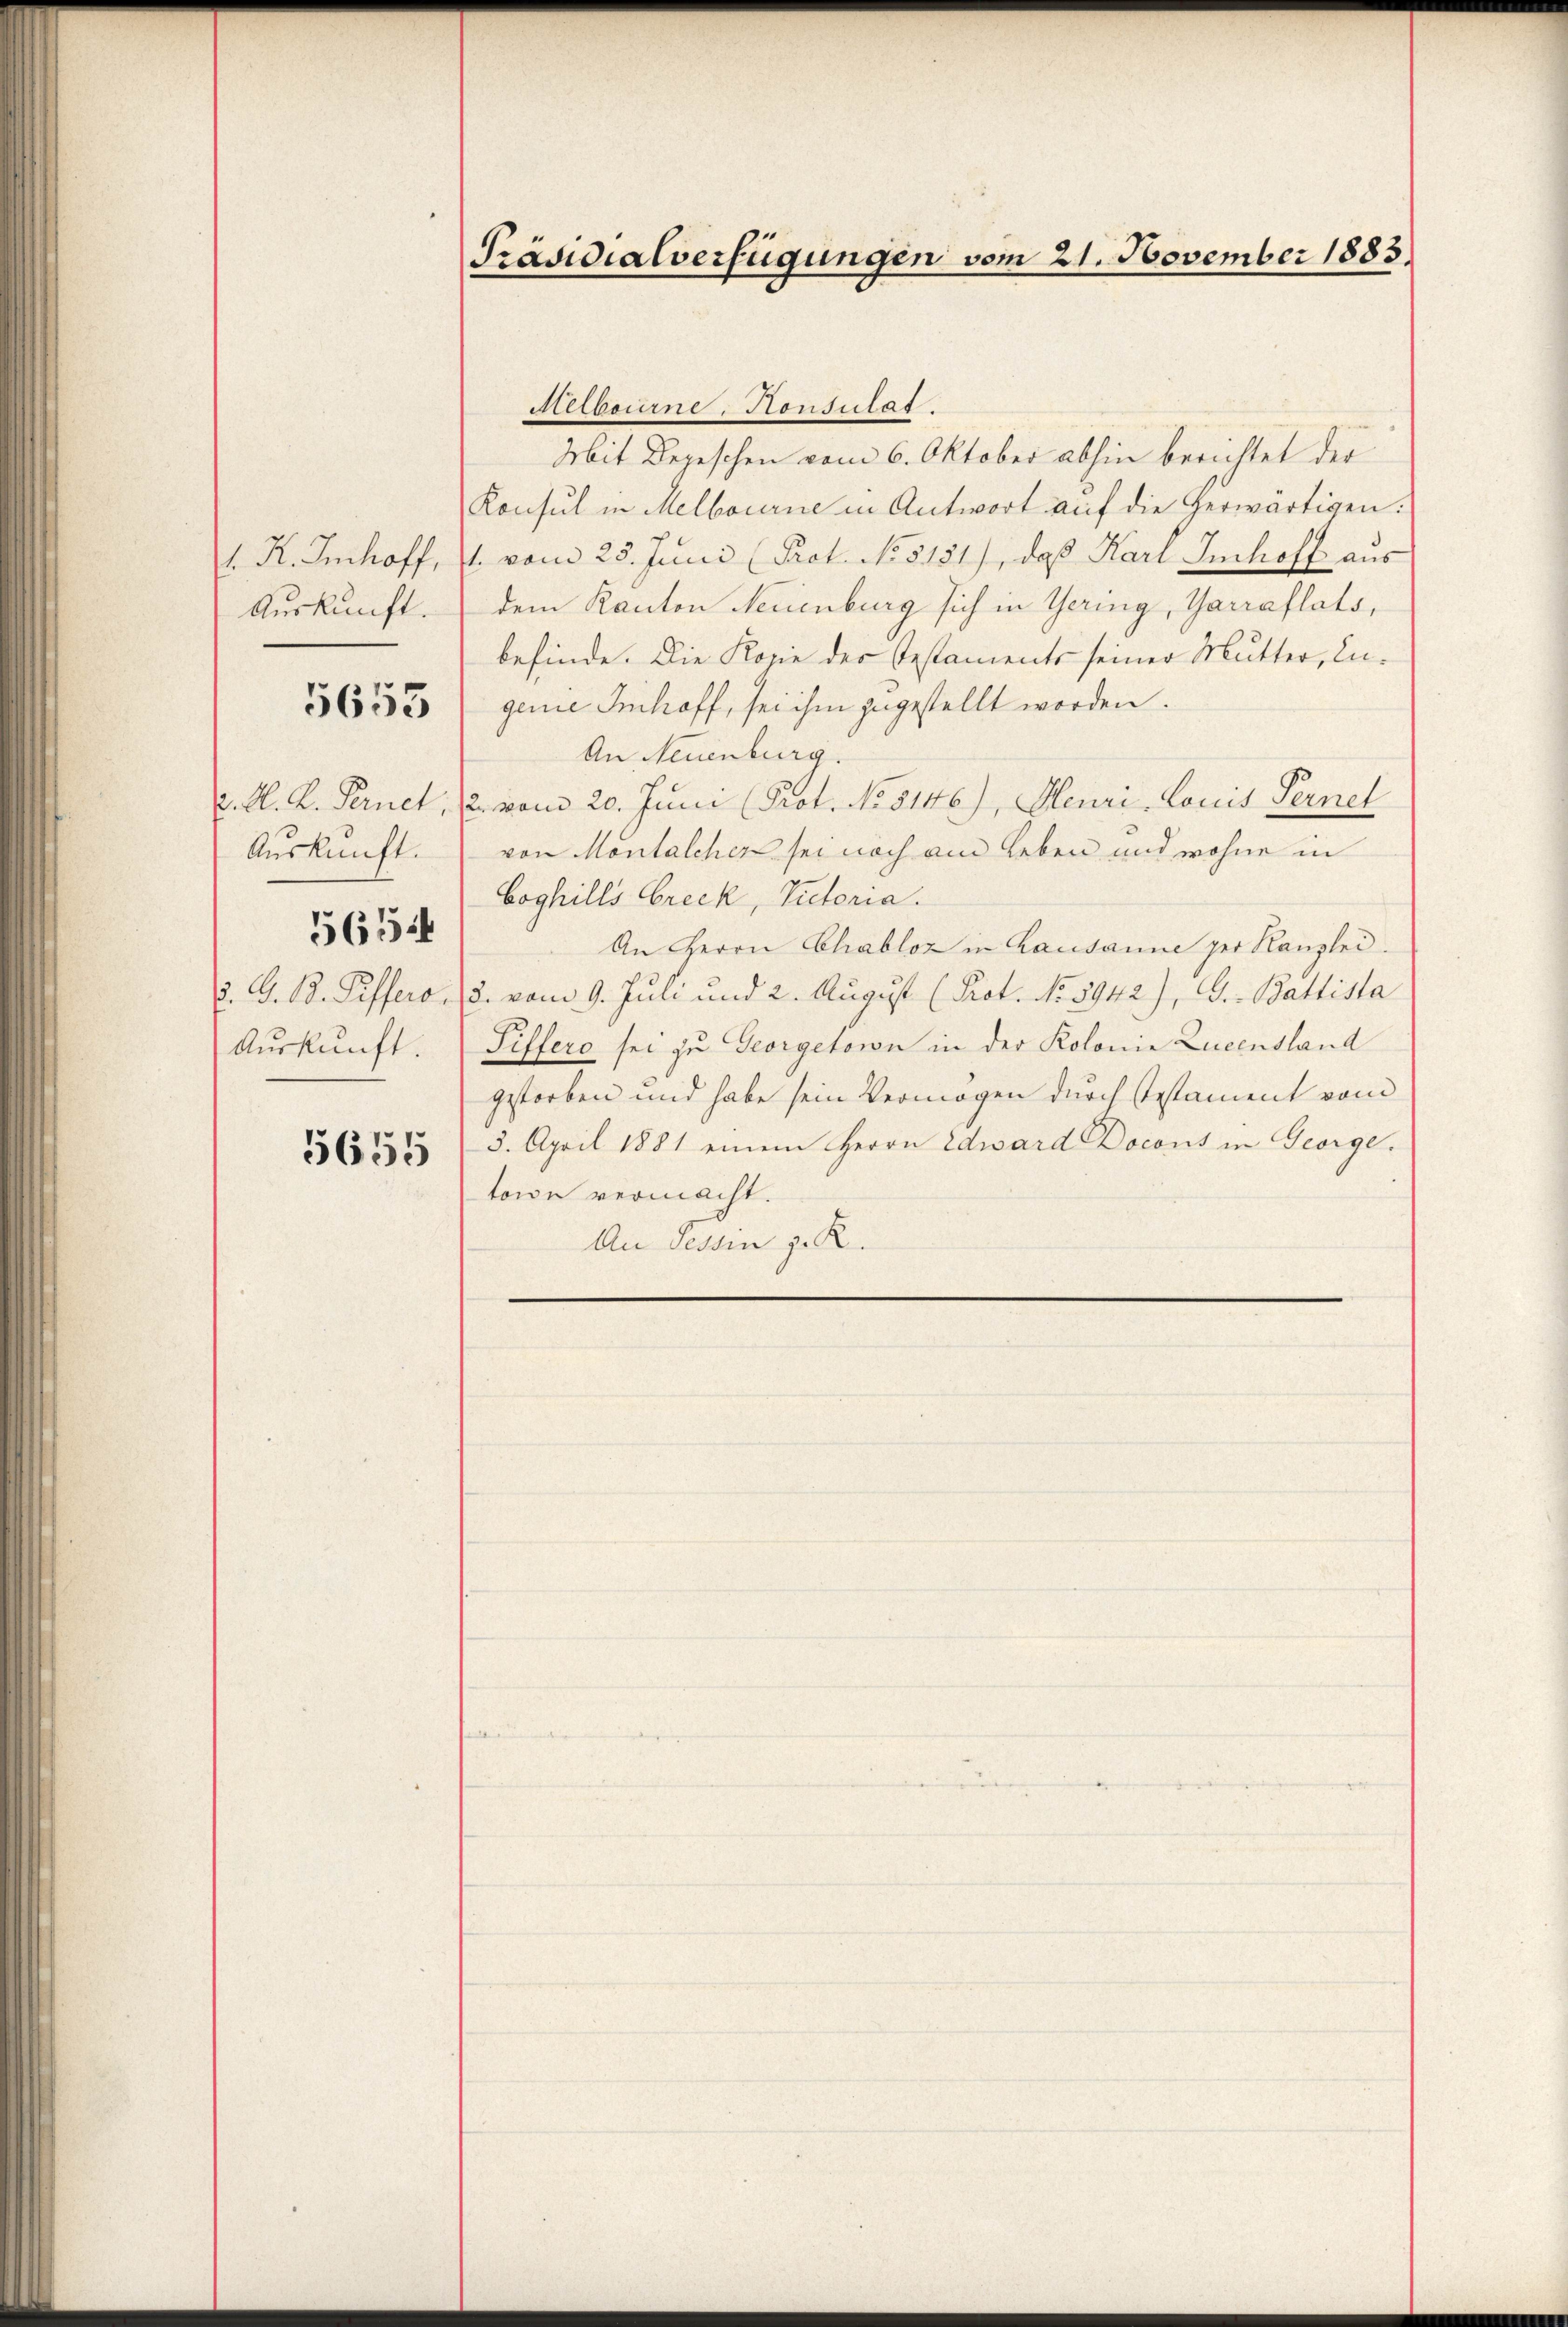
1. K. Imhoff,
Auskunft.

5653

L. K. K. Fernet.
Auskunft.
. G. B. Riffero.
Auskunft.

565:

5655

Präsidialverfügungen vom 21. November 1883.

Mit Depeschen vom 6. Oktober abhin berichtet der
Konsul in Melbourne in Antwort auf die herwärtigen.
1. vom 25. Juni (Prot. No 5151), daß Karl Imhoff aus
dem Kanton Neuenburg sich in Gering, Garraflats,
befinde. Die Kopie des Testaments seiner Mutter, Ingenie Imhoff, sei ihm zugestellt worden.
An Neuenburg.
2 vom 20. Juni (Prot. No. 5146), Heuri, Louis Fernel
von Montalcher sei noch am Leben und wohne in
Coghills Creck, Victoria.
An Herrn Chabloz in Kausanne per Kanzlei.
3. vom 9. Juli und 2. August (Prot. No 5942), G. Battista
Siffero sei zu Georgetorn in der Kolonie Lucensland
gestorben und habe sein Vermögen durch Testament vom
3. April 1881 einem Herrn Edward Docons in George.
toion vermacht.
An Tessin z. R.

Melbourne, Honsulat.